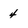
Character: 4